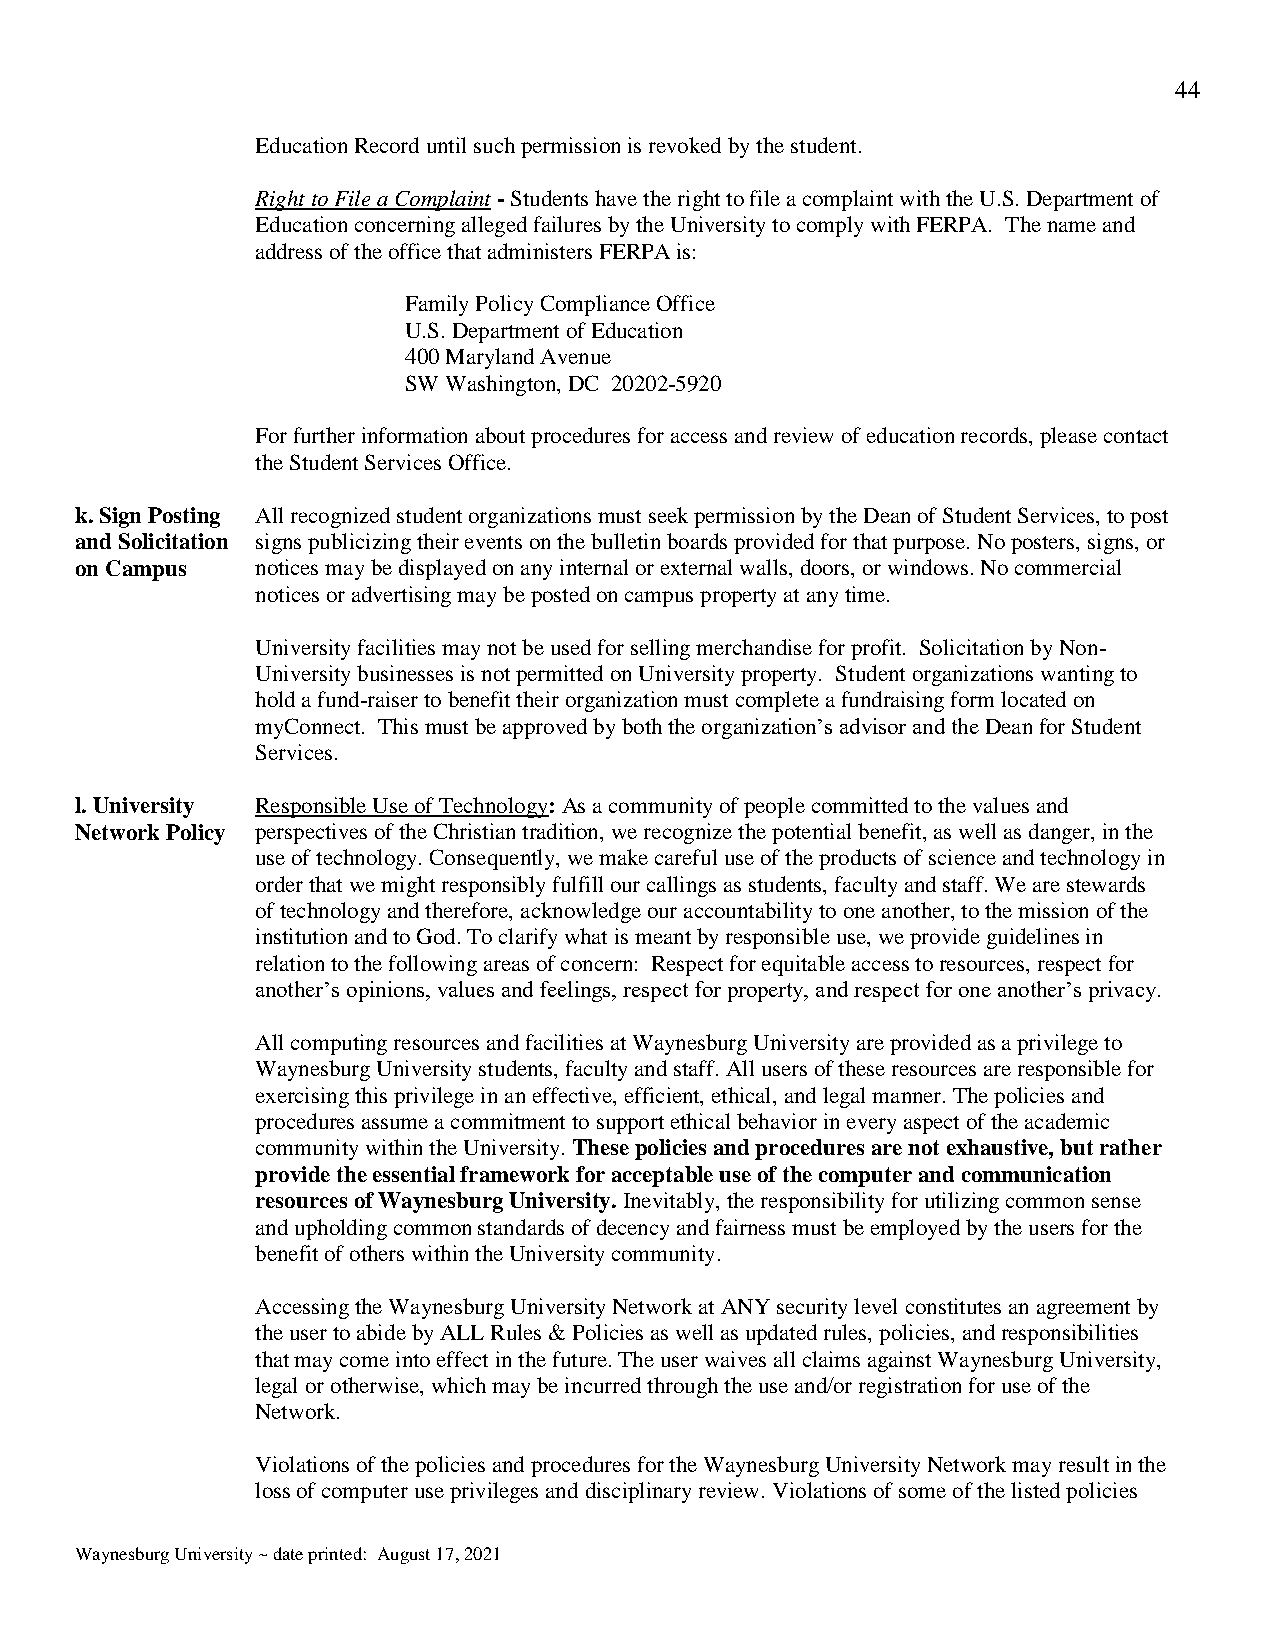
44
 Education Record until such permission is revoked by the student.
 Right to File a Complaint - Students have the right to file a complaint with the U.S. Department of
 Education concerning alleged failures by the University to comply with FERPA. The name and
 address of the office that administers FERPA is:
 Family Policy Compliance Office
 U.S. Department of Education
 400 Maryland Avenue
 SW Washington, DC 20202-5920
 For further information about procedures for access and review of education records, please contact
 the Student Services Office.
 k. Sign Posting All recognized student organizations must seek permission by the Dean of Student Services, to post
 and Solicitation signs publicizing their events on the bulletin boards provided for that purpose. No posters, signs, or
 on Campus   notices may be displayed on any internal or external walls, doors, or windows. No commercial
 notices or advertising may be posted on campus property at any time.
 University facilities may not be used for selling merchandise for profit. Solicitation by Non-
 University businesses is not permitted on University property. Student organizations wanting to
 hold a fund-raiser to benefit their organization must complete a fundraising form located on
 myConnect. This must be approved by both the organization’s advisor and the Dean for Student
 Services.
 l. University Responsible Use of Technology: As a community of people committed to the values and
 Network Policy perspectives of the Christian tradition, we recognize the potential benefit, as well as danger, in the
 use of technology. Consequently, we make careful use of the products of science and technology in
 order that we might responsibly fulfill our callings as students, faculty and staff. We are stewards
 of technology and therefore, acknowledge our accountability to one another, to the mission of the
 institution and to God. To clarify what is meant by responsible use, we provide guidelines in
 relation to the following areas of concern: Respect for equitable access to resources, respect for
 another’s opinions, values and feelings, respect for property, and respect for one another’s privacy.
 All computing resources and facilities at Waynesburg University are provided as a privilege to
 Waynesburg University students, faculty and staff. All users of these resources are responsible for
 exercising this privilege in an effective, efficient, ethical, and legal manner. The policies and
 procedures assume a commitment to support ethical behavior in every aspect of the academic
 community within the University. These policies and procedures are not exhaustive, but rather
 provide the essential framework for acceptable use of the computer and communication
 resources of Waynesburg University. Inevitably, the responsibility for utilizing common sense
 and upholding common standards of decency and fairness must be employed by the users for the
 benefit of others within the University community.
 Accessing the Waynesburg University Network at ANY security level constitutes an agreement by
 the user to abide by ALL Rules & Policies as well as updated rules, policies, and responsibilities
 that may come into effect in the future. The user waives all claims against Waynesburg University,
 legal or otherwise, which may be incurred through the use and/or registration for use of the
 Network.
 Violations of the policies and procedures for the Waynesburg University Network may result in the
 loss of computer use privileges and disciplinary review. Violations of some of the listed policies
 Waynesburg University ~ date printed: August 17, 2021